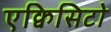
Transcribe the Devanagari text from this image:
एक्विसिटो